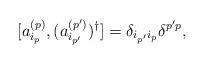
LaTeX: \begin{align*}[a^{(p)}_{i_p},(a^{(p^\prime)}_{i_{p^\prime}})^\dagger]=\delta_{i_{p^\prime}i_p}\delta ^{p^\prime p},\end{align*}